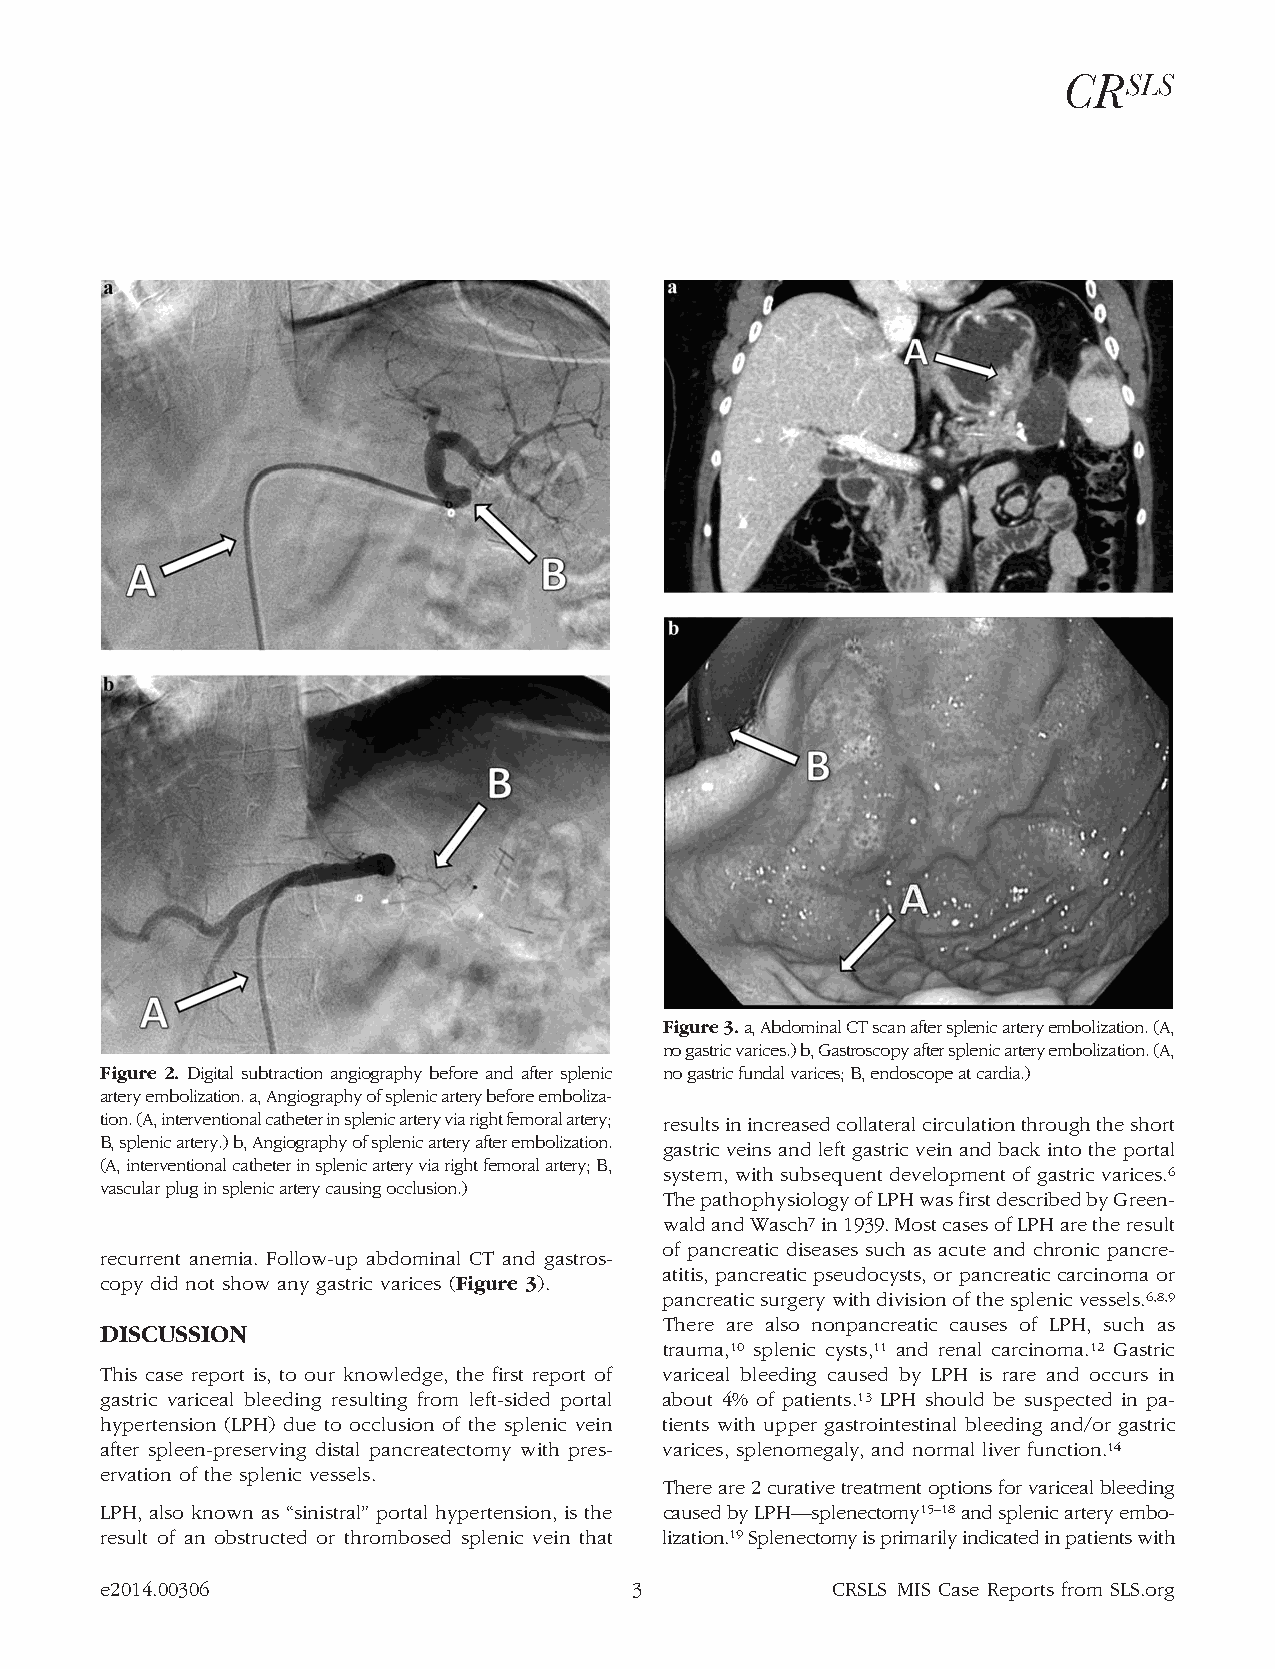
Figure3.a,AbdominalCTscanaftersplenicarteryembolization.(A,
 nogastricvarices.)b,Gastroscopyaftersplenicarteryembolization.(A,
 Figure 2. Digital subtraction angiography before and after splenic nogastricfundalvarices;B,endoscopeatcardia.)
 arteryembolization.a,Angiographyofsplenicarterybeforeemboliza-
 tion.(A,interventionalcatheterinsplenicarteryviarightfemoralartery; resultsinincreasedcollateralcirculationthroughtheshort
 B,splenicartery.)b,Angiographyofsplenicarteryafterembolization.
 gastric veins and left gastric vein and back into the portal
 (A,interventionalcatheterinsplenicarteryviarightfemoralartery;B,
 system, with subsequent development of gastric varices.6
 vascularpluginsplenicarterycausingocclusion.)
 ThepathophysiologyofLPHwasfirstdescribedbyGreen-
 waldandWasch7in1939.MostcasesofLPHaretheresult
 of pancreatic diseases such as acute and chronic pancre-
 recurrent anemia. Follow-up abdominal CT and gastros-
 atitis, pancreatic pseudocysts, or pancreatic carcinoma or
 copy did not show any gastric varices (Figure 3).
 pancreaticsurgerywithdivisionofthesplenicvessels.6,8,9
 There are also nonpancreatic causes of LPH, such as
 DISCUSSION
 trauma,10 splenic cysts,11 and renal carcinoma.12 Gastric
 This case report is, to our knowledge, the first report of variceal bleeding caused by LPH is rare and occurs in
 gastric variceal bleeding resulting from left-sided portal about 4% of patients.13 LPH should be suspected in pa-
 hypertension (LPH) due to occlusion of the splenic vein tients with upper gastrointestinal bleeding and/or gastric
 after spleen-preserving distal pancreatectomy with pres- varices, splenomegaly, and normal liver function.14
 ervation of the splenic vessels.
 Thereare2curativetreatmentoptionsforvaricealbleeding
 LPH, also known as “sinistral” portal hypertension, is the causedbyLPH—splenectomy15–18andsplenicarteryembo-
 result of an obstructed or thrombosed splenic vein that lization.19Splenectomyisprimarilyindicatedinpatientswith
 e2014.00306                        3            CRSLS MIS Case Reports from SLS.org